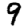
Digit: 9